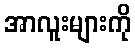
အာလူးများကို